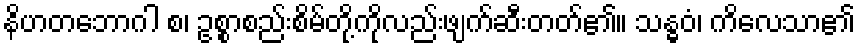
နိဟတဘောဂါ စ၊ ဥစ္စာစည်းစိမ်တို့ကိုလည်းဖျက်ဆီးတတ်၏။ သန္ဓဝံ၊ ကိလေသာ၏